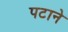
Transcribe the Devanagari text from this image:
पटाने